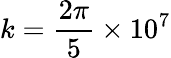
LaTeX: k=\frac{2\pi}{5}\times 10^{7}